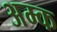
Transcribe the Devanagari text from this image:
अम्क